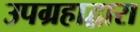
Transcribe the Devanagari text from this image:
उपग्रहाद्वारा